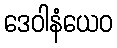
ဒေဝါနံယေဝ